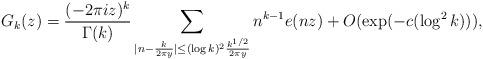
LaTeX: \begin{align*} G_k(z) = \frac{(-2\pi i z)^k}{\Gamma(k)} \sum_{|n-\frac{k}{2 \pi y} | \leq (\log k)^2 \frac{k^{1/2}}{2\pi y}} n^{k-1} e(nz) + O(\exp(-c(\log^2 k))), \end{align*}